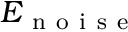
E _ { \mathrm { ~ n ~ o ~ i ~ s ~ e ~ } }